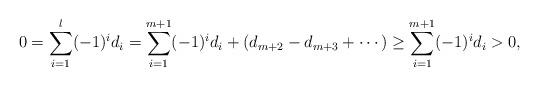
LaTeX: \begin{align*}0=\sum_{i=1}^l (-1)^i d_i=\sum_{i=1}^{m+1} (-1)^i d_i+(d_{m+2}-d_{m+3}+\cdots)\ge \sum_{i=1}^{m+1} (-1)^i d_i>0,\end{align*}